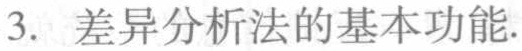
3. 差异分析法的基本功能.